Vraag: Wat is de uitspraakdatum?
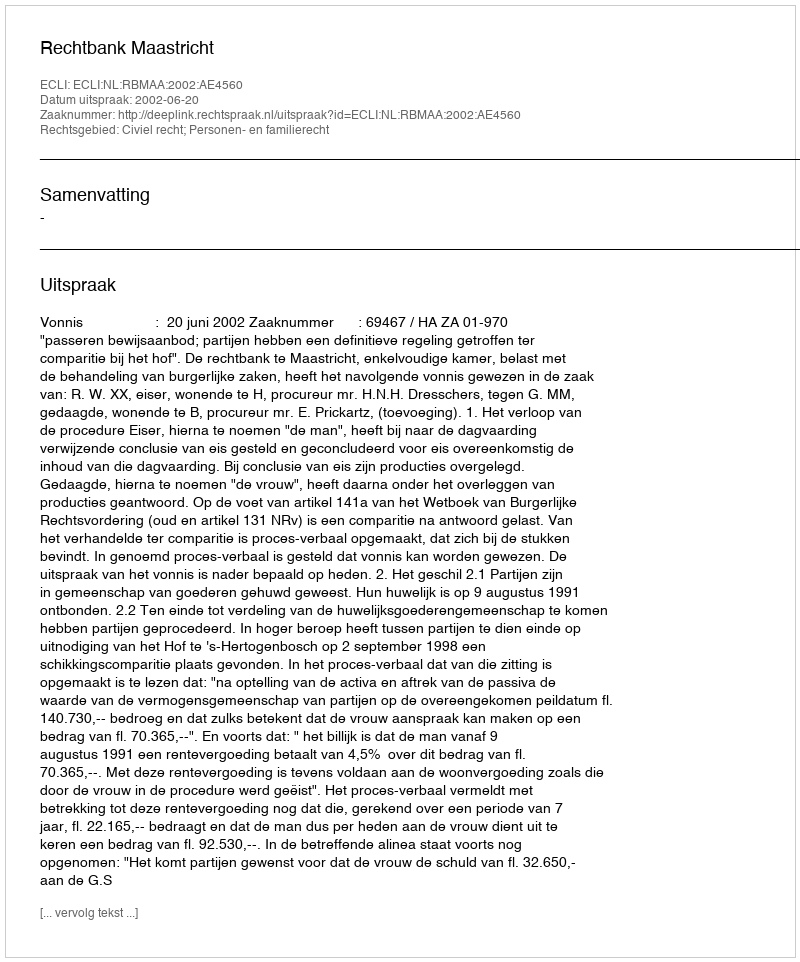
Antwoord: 2002-06-20